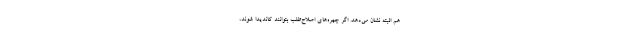
هم البته نشان می‌دهد. اگر چهره‌های اصلاح‌طلب بتوانند کاندیدا شوند،